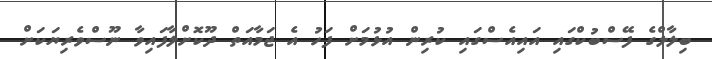
ބިލާލްގެ ފޭސްބުކްގައި އައިއެސްގައި ކުރިން އުޅުމަށް ފަހު އެ ޖަމާއަތް ދޫކޮށްލާފައިވާ ނޫސްވެރިޔަކަށް